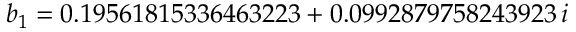
b _ { 1 } = 0 . 1 9 5 6 1 8 1 5 3 3 6 4 6 3 2 2 3 + 0 . 0 9 9 2 8 7 9 7 5 8 2 4 3 9 2 3 \, i